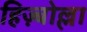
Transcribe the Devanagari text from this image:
हिज़्बोल्ला